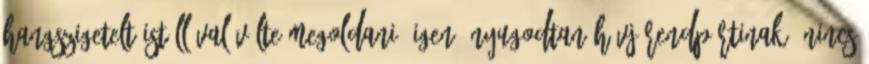
hangszigetelt istállóval vélte megoldani. Igen, nyugodtan hívj rendpártinak, nincs